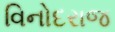
વિનોદરાજ